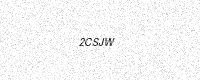
Text: 2CSJW